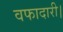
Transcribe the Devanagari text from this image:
वफादारी।